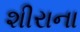
શીરાના